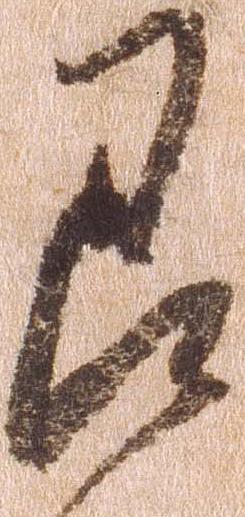
即